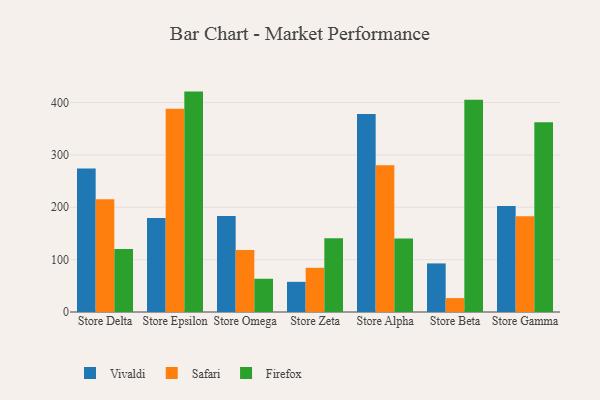
{"axis": {"x": "Store", "y": "Budget (USD K)"}, "legend": ["Firefox", "Safari", "Vivaldi"], "data": [{"x": "Store Delta", "y": 273.9, "type": "Vivaldi"}, {"x": "Store Delta", "y": 215.1, "type": "Safari"}, {"x": "Store Delta", "y": 120.5, "type": "Firefox"}, {"x": "Store Epsilon", "y": 179.4, "type": "Vivaldi"}, {"x": "Store Epsilon", "y": 388.3, "type": "Safari"}, {"x": "Store Epsilon", "y": 420.9, "type": "Firefox"}, {"x": "Store Omega", "y": 183.5, "type": "Vivaldi"}, {"x": "Store Omega", "y": 118.6, "type": "Safari"}, {"x": "Store Omega", "y": 63.5, "type": "Firefox"}, {"x": "Store Zeta", "y": 57.6, "type": "Vivaldi"}, {"x": "Store Zeta", "y": 84.4, "type": "Safari"}, {"x": "Store Zeta", "y": 140.8, "type": "Firefox"}, {"x": "Store Alpha", "y": 377.9, "type": "Vivaldi"}, {"x": "Store Alpha", "y": 280.1, "type": "Safari"}, {"x": "Store Alpha", "y": 140.2, "type": "Firefox"}, {"x": "Store Beta", "y": 92.8, "type": "Vivaldi"}, {"x": "Store Beta", "y": 26.6, "type": "Safari"}, {"x": "Store Beta", "y": 405.4, "type": "Firefox"}, {"x": "Store Gamma", "y": 202.6, "type": "Vivaldi"}, {"x": "Store Gamma", "y": 182.8, "type": "Safari"}, {"x": "Store Gamma", "y": 362.4, "type": "Firefox"}]}